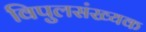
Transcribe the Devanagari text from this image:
विपुलसंख्यक